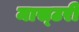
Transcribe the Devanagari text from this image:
मास्‍टरी